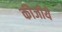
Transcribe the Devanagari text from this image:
कीजीये